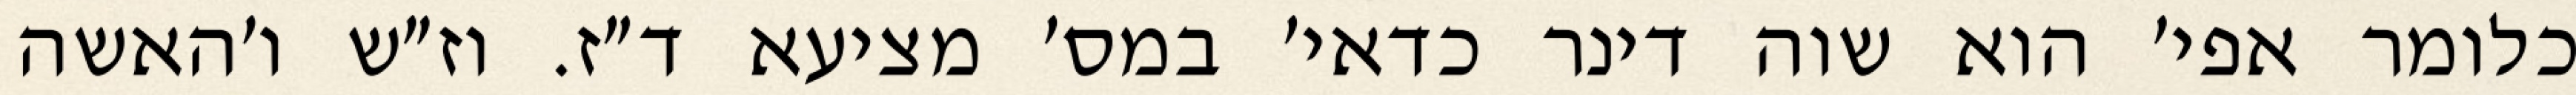
כלומר אפי׳ הוא שוה דינר כדאי׳ במס׳ מציעא ד״ז. וז״ש ו׳האשה